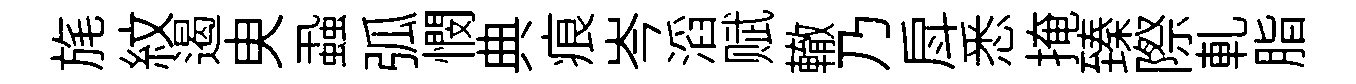
旄紋遏㬰蝨弧憫典痕岑滔赋轍乃戽悉掩臻際軋脂